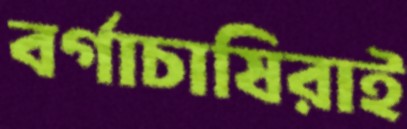
বর্গাচাষিরাই